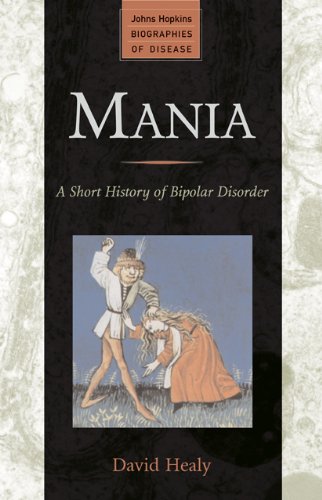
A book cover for Mania: A Short History of Bipolar Disorder (Johns Hopkins Biographies of Disease); David Healy; Health, Fitness & Dieting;